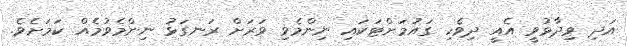
އަދި ވިދާޅުވީ އެއީ ދިވެހި ގައުމަށްޓަކައި ނިންމެވި ވަރަށް ރަނގަޅު ނިންމެވުމެއް ކަމަށެވެ.